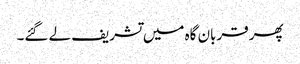
پھر قربان گاہ میں تشریف لے گئے۔